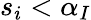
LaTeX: s_{i}<\alpha_{I}